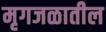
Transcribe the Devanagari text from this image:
मृगजळातील